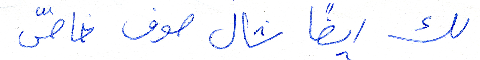
لك ايضًا شال صوف خاصّ